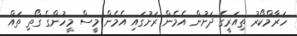
ހަރާމްކޯރު ތިއަރީގެ ދަށުން އެމެން ރަށުގައި އެމެން މީސް މީހުންގެ ގޯތި ތައް